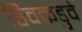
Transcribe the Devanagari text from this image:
हिवकडुवे